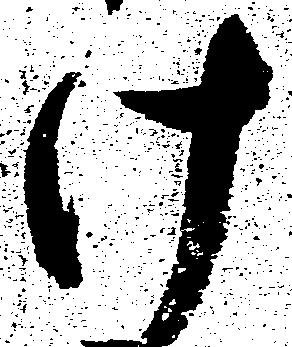
け